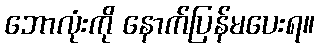
ဘောလုံးကို နောက်ပြန်မပေးရ။